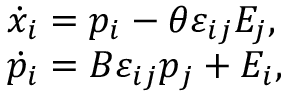
\begin{array} { l l } { { \dot { x } _ { i } = p _ { i } - \theta \varepsilon _ { i j } E _ { j } , } } \\ { { \dot { p } _ { i } = B \varepsilon _ { i j } p _ { j } + E _ { i } , } } \end{array}